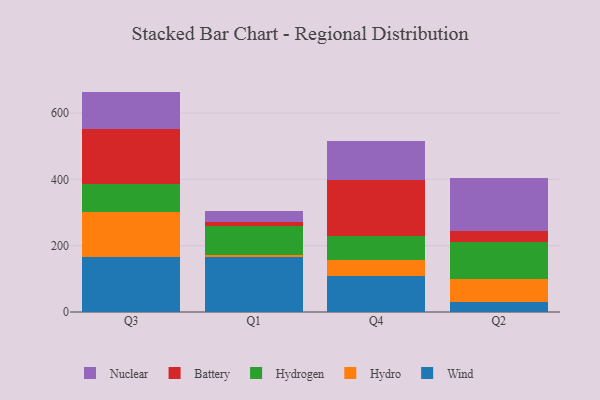
{"axis": {"x": "Quarter", "y": "Shipments"}, "legend": ["Battery", "Hydro", "Hydrogen", "Nuclear", "Wind"], "data": [{"x": "Q3", "y": 164.9, "type": "Wind"}, {"x": "Q3", "y": 135.4, "type": "Hydro"}, {"x": "Q3", "y": 85.0, "type": "Hydrogen"}, {"x": "Q3", "y": 165.8, "type": "Battery"}, {"x": "Q3", "y": 113.9, "type": "Nuclear"}, {"x": "Q1", "y": 166.7, "type": "Wind"}, {"x": "Q1", "y": 6.6, "type": "Hydro"}, {"x": "Q1", "y": 86.4, "type": "Hydrogen"}, {"x": "Q1", "y": 11.5, "type": "Battery"}, {"x": "Q1", "y": 32.2, "type": "Nuclear"}, {"x": "Q4", "y": 107.9, "type": "Wind"}, {"x": "Q4", "y": 48.6, "type": "Hydro"}, {"x": "Q4", "y": 71.7, "type": "Hydrogen"}, {"x": "Q4", "y": 168.8, "type": "Battery"}, {"x": "Q4", "y": 117.8, "type": "Nuclear"}, {"x": "Q2", "y": 31.4, "type": "Wind"}, {"x": "Q2", "y": 69.0, "type": "Hydro"}, {"x": "Q2", "y": 111.9, "type": "Hydrogen"}, {"x": "Q2", "y": 32.7, "type": "Battery"}, {"x": "Q2", "y": 159.4, "type": "Nuclear"}]}